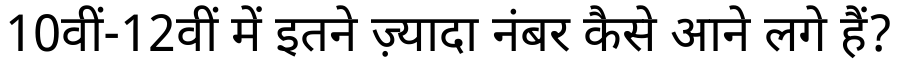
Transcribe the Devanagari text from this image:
10वीं-12वीं में इतने ज़्यादा नंबर कैसे आने लगे हैं?